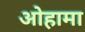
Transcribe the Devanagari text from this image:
ओहामा